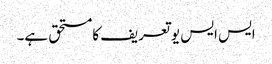
ایس ایس یو تعریف کا مستحق ہے۔